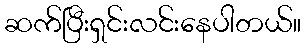
ဆက်ပြီးရှင်းလင်းနေပါတယ်။